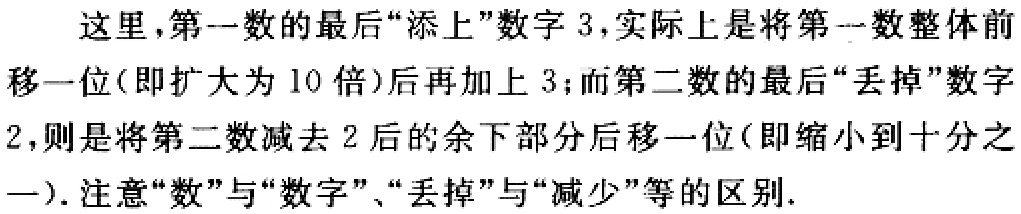
这里,第一数的最后“添上”数字 3,实际上是将第一数整体前移一位(即扩大为 10 倍)后再加上 3；而第二数的最后“丢掉”数字 2,则是将第二数减去 2 后的余下部分后移一位(即缩小到十分之一). 注意“数”与“数字”、“丢掉”与“减少”等的区别.